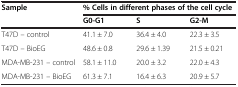
<table><thead><tr><td rowspan="2"><b>Sample</b></td><td colspan="3"><b>% Cells in different phases of the cell cycle</b></td></tr><tr><td><b>G0-G1</b></td><td><b>S</b></td><td><b>G2-M</b></td></tr></thead><tbody><tr><td>T47D – control</td><td>41.1 ± 7.0</td><td>36.4 ± 4.0</td><td>22.3 ± 3.5</td></tr><tr><td>T47D – BioEG</td><td>48.6 ± 0.8</td><td>29.6 ± 1.39</td><td>21.5 ± 0.21</td></tr><tr><td>MDA-MB-231 – control</td><td>58.1 ± 11.0</td><td>20.0 ± 3.2</td><td>22.0 ± 4.3</td></tr><tr><td>MDA-MB-231 – BioEG</td><td>61.3 ± 7.1</td><td>16.4 ± 6.3</td><td>20.9 ± 5.7</td></tr></tbody></table>